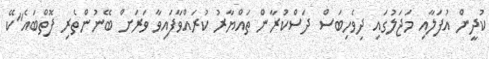
ކުދީން އުފަލާއި މަޖަލުގައި ދިވެހިބަސް ދަސްކުރާން ތައްޔާރު ކުރައްވާފައިވާ ވަރަށް ބޭނުންތެރި ފޮތްބައެ"ކޭ